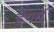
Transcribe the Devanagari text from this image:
हेयर्स